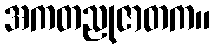
အကတညုဇာတက။